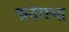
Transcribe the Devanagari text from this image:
फ्लॅगचा